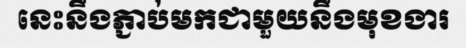
នេះនឹងភ្ជាប់មកជាមួយនឹងមុខងារ